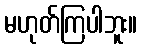
မဟုတ်ကြပါဘူး။